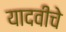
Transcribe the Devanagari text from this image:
यादवीचे